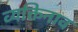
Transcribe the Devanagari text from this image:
व्यक्तिनाव